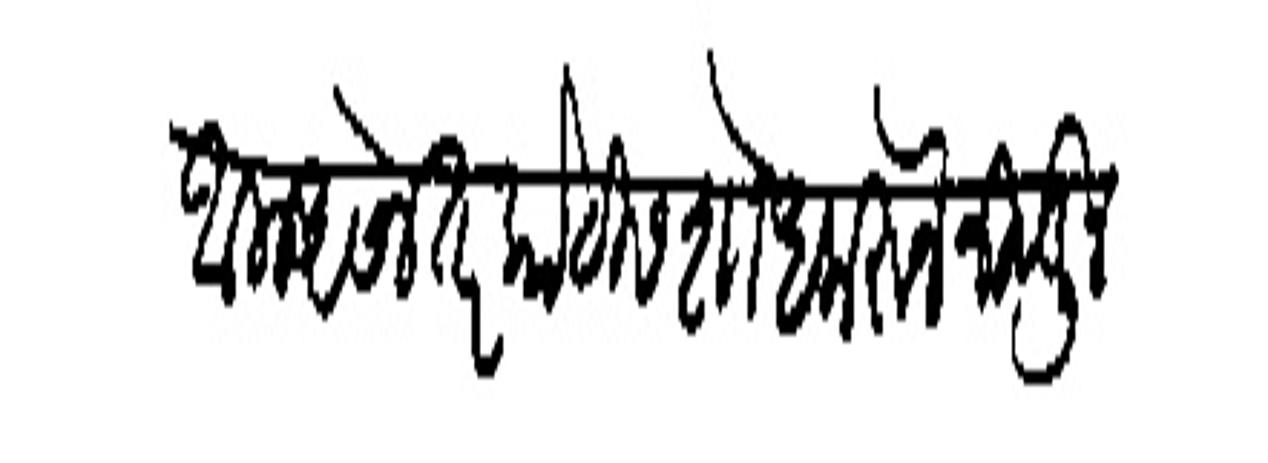
Transliteration (Devanagari): आला असेल तर कोठीस कोध करून निवडून